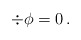
\begin{align*} \div \phi = 0\, .\end{align*}